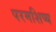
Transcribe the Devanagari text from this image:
परमशिष्य